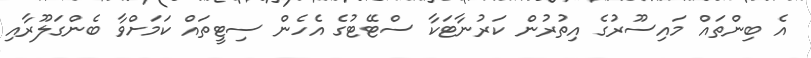
އެ ބިންތައް މައިސޫރުގެ އިތުރުން ކަރުނާޓަކާ ސްޓޭޓުގެ އެހެން ސިޓީތައް ކަމަށްވާ ބެންގަލޫރާއި